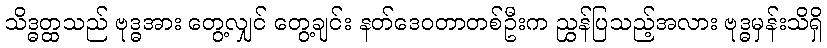
သိဒ္ဓတ္ထသည် ဗုဒ္ဓအား တွေ့လျှင် တွေ့ချင်း နတ်ဒေဝတာတစ်ဦးက ညွှန်ပြသည့်အလား ဗုဒ္ဓမှန်းသိရှိ